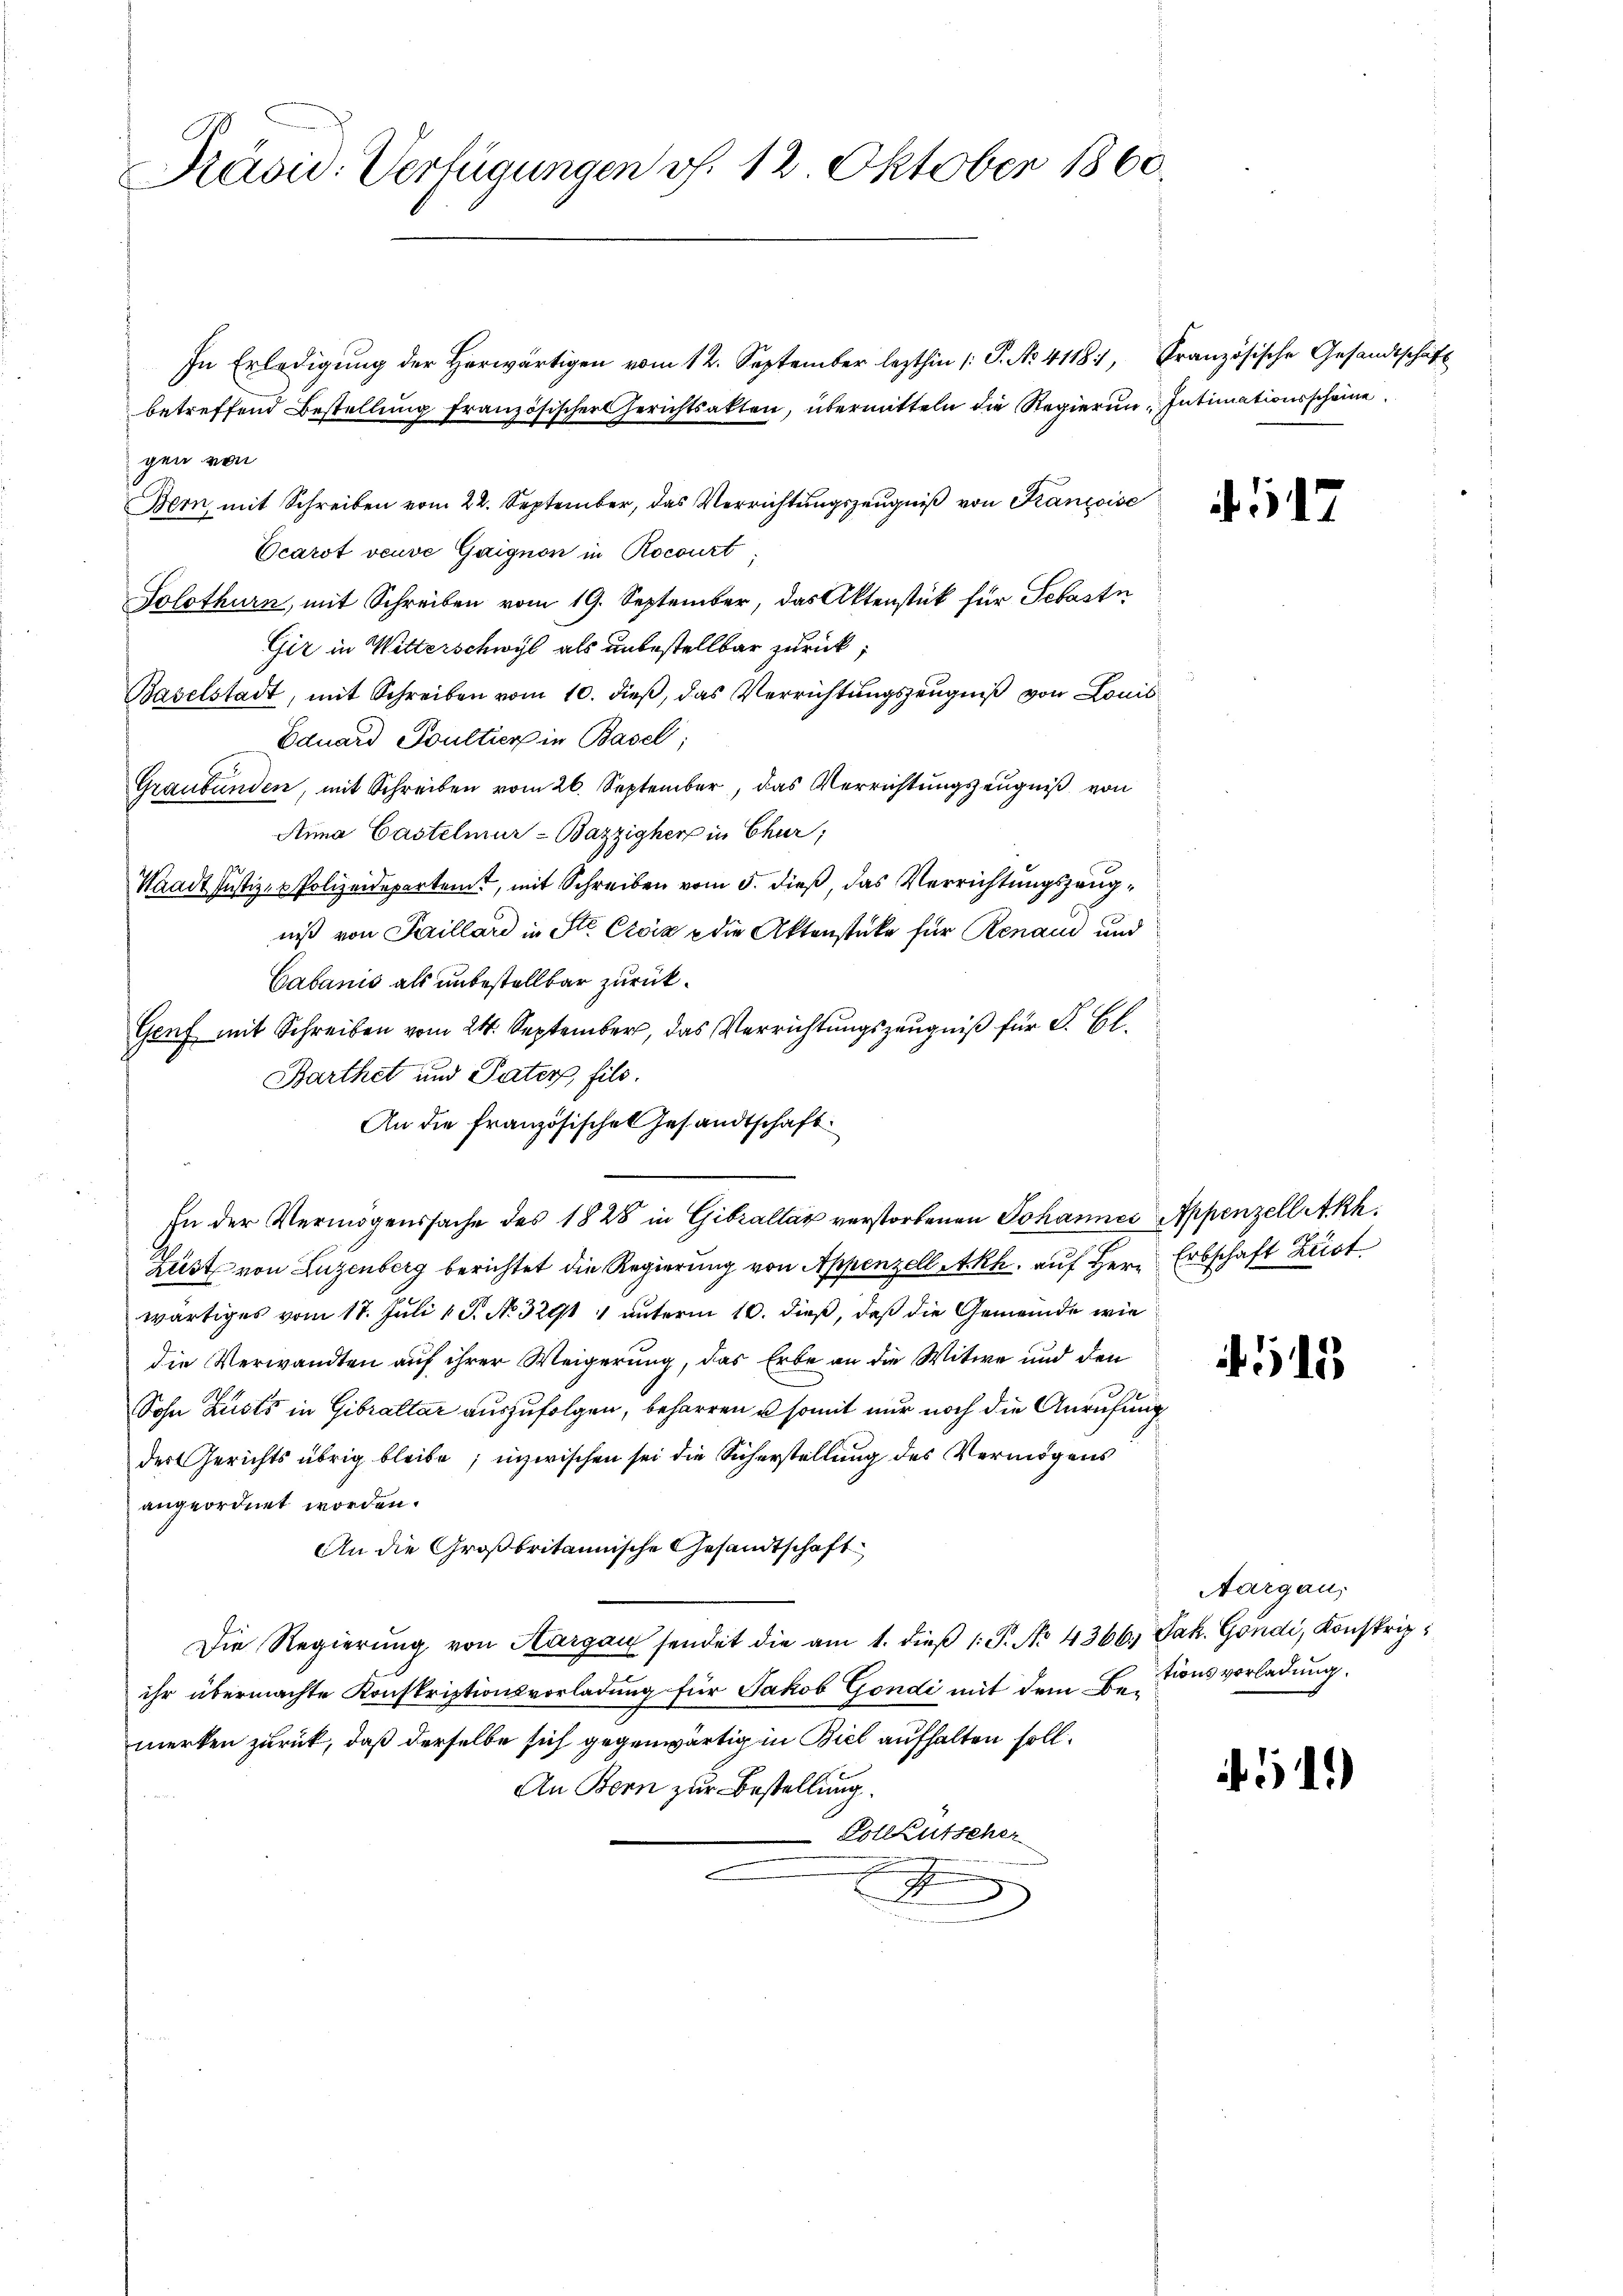
Präsid. Verfügungen v. 12. Oktober 1860.

In Erledigŭng der herwärtigen vom 12. September lezthin /: P. No. 4118, Französische Gesandtschaft
betreffend Bestellung französischer Gerichtsakten, übermitteln die Regierun Intimationsscheine
gen von
Bern, mit Schreiben vom 22. September, das Verrichtŭngszeŭgniβ von Kanzoise
Ocarot veuve Gaignon in Rocourt,
Solothurn, mit Schreiben vom 19. September, das Aktenstück für Sebastn
Gir in Witterschwyl als unbestellbar zurück,
Baselstadt, mit Schreiben vom 10. dieβ, das Verrichtŭngszeŭgniβ von Louis
Eduard Foultiers in Basel;
Graubünden, mit Schreiben vom 26. September, das Verrichtungszeugniß von
Anna Castelmur-Bazzigherz in Chur;
Waadt Justiz- & Polizeidepartemt, mit Schreiben vom 5. dieß, das Verrichtungszeugniß von Saillard in Ste Croix die Aktenstüke für Renau und
Cabanis als unbestellbar zurück¬
Genf mit Schreiben vom 24. September, das Verrichtungszeugniß für S. Bl.
Barthet und Pater, fils.
An die französische Gesandtschaft
In der Vermögenssache des 1828 in Gibraltar verstorbenen Johannes Appenzell Akh.
Lust von Luzenberg berichtet die Regierung von Appenzell Akh, auf Herr
wärtiges vom 17. Juli 18. No. 3291 4 unterm 10. dieß, daß die Gemeinde wie
die Verwandten auf ihrer Weigerung, das Erbe an die Witwe und den
Sohn Lusts in Gibraltar auszufolgen, beharren u somit nur noch die Anrufung
der Gerichts übrig bleibe; inzwischen sei die Sicherstellung des Vermögens
angeordnet worden.
An die Großbritannische Gesandtschaft
Die Regierŭng von Thurgau sendet die am 1. dieβ 1: P. No. 4366.) Jak. Gondi, Konstrip
ihr übermachte Konskriptionsvorladung für Jakob Gondi mit dem Bemerken zurück, daß derselbe sich gegenwärtig in Biel aufhalten soll.
An Born zur Bestellung.
 Vollkutscher
.
E

117

Erbschaft Zust

4515

Aargau,
tionsvorladung.

11)